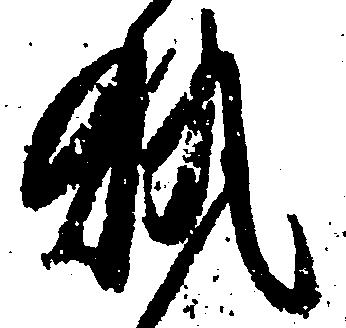
執